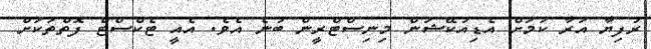
ރުފިޔާ އަރާ ކަމަށް އެޑިއުކޭޝަން މިނިސްޓްރީން ބުނެ އެވެ. އެއީ ޓެކްސްޓް ފޮތްތަކަށް